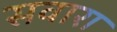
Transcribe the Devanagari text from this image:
सवारा